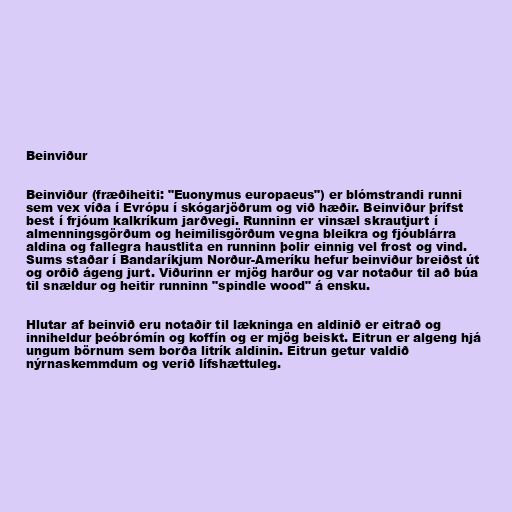
Beinviður

Beinviður (fræðiheiti: "Euonymus europaeus") er blómstrandi runni
sem vex víða í Evrópu í skógarjöðrum og við hæðir. Beinviður þrífst
best í frjóum kalkríkum jarðvegi. Runninn er vinsæl skrautjurt í
almenningsgörðum og heimilisgörðum vegna bleikra og fjóublárra
aldina og fallegra haustlita en runninn þolir einnig vel frost og vind.
Sums staðar í Bandaríkjum Norður-Ameríku hefur beinviður breiðst út
og orðið ágeng jurt. Viðurinn er mjög harður og var notaður til að búa
til snældur og heitir runninn "spindle wood" á ensku.

Hlutar af beinvið eru notaðir til lækninga en aldinið er eitrað og
inniheldur þeóbrómín og koffín og er mjög beiskt. Eitrun er algeng hjá
ungum börnum sem borða litrík aldinin. Eitrun getur valdið
nýrnaskemmdum og verið lífshættuleg.